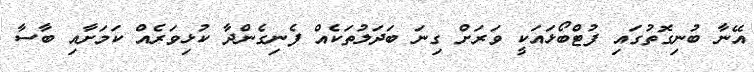
އޭނާ ބުނިގޮތުގައި ފުޓްބޯޅައަކީ ވަރަށް ގިނަ ބަދަލުތަކެއް ފެނިގެންދާ ކުޅިވަރެއް ކަމަށާއި ބާސާ